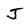
Character: J